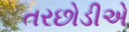
તરછોડીએ